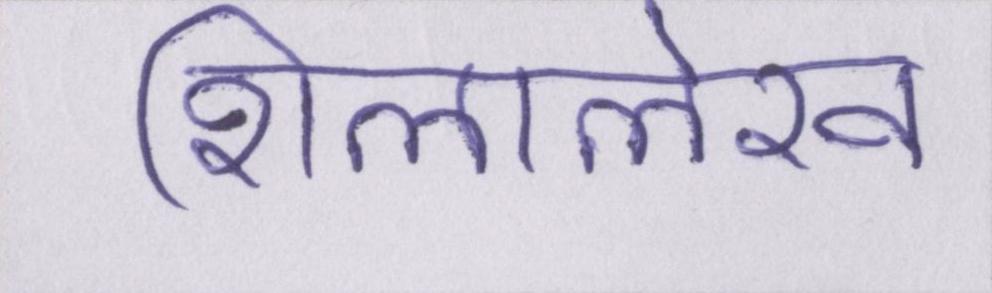
शिलालेख